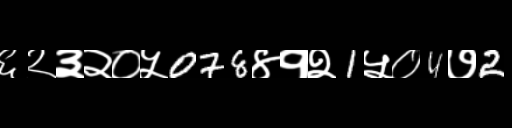
Text: ६२३२०५078४१२1५०4७2